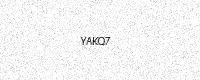
Text: YAKQ7